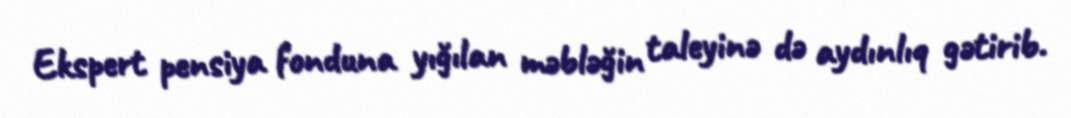
Ekspert pensiya fonduna yığılan məbləğin taleyinə də aydınlıq gətirib.